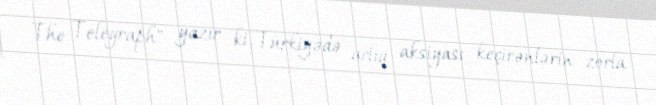
The Telegraph" yazır ki, Türkiyədə aclıq aksiyası keçirənlərin zorla